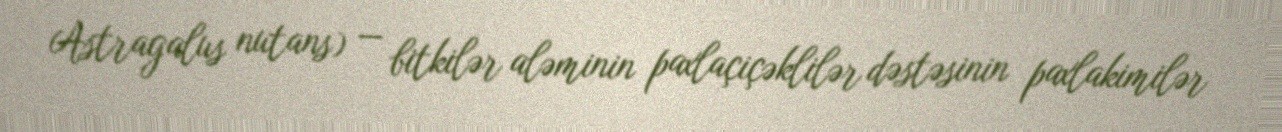
Astragalus nutans) — bitkilər aləminin paxlaçiçəklilər dəstəsinin paxlakimilər